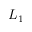
L _ { 1 }